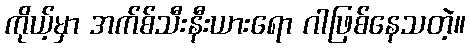
ကိုယ့်မှာ အက်စ်သီးနီးယားရော ဂါဖြစ်နေသတဲ့။